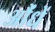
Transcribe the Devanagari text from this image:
औंधें